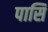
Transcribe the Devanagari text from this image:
पासि